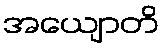
အယျောတိ